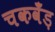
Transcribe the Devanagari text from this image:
चकवँड़